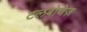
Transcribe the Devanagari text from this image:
टलबोथेज़